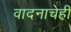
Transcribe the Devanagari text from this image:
वादनाचेही